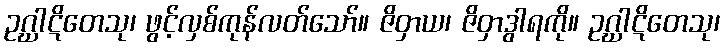
ဥဂ္ဃာဋိတေသု၊ ဖွင့်လှစ်ကုန်လတ်သော်။ ဇိဝှာယ၊ ဇိဝှာဒွါရကို။ ဥဂ္ဃာဋိတေသု၊